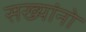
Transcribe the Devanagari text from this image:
सख्यांनो